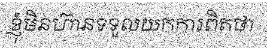
ខ្ញុំមិនហ៊ានទទួលយកការពិតថា